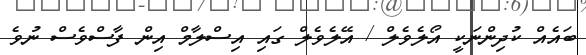
ބައެއް ކުދިންނަކީ އޯލެވެލް / އޭލެވެލް ގައި އިސްލާމް އިން ފާސްވެސް ނުވެ